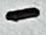
Text: -